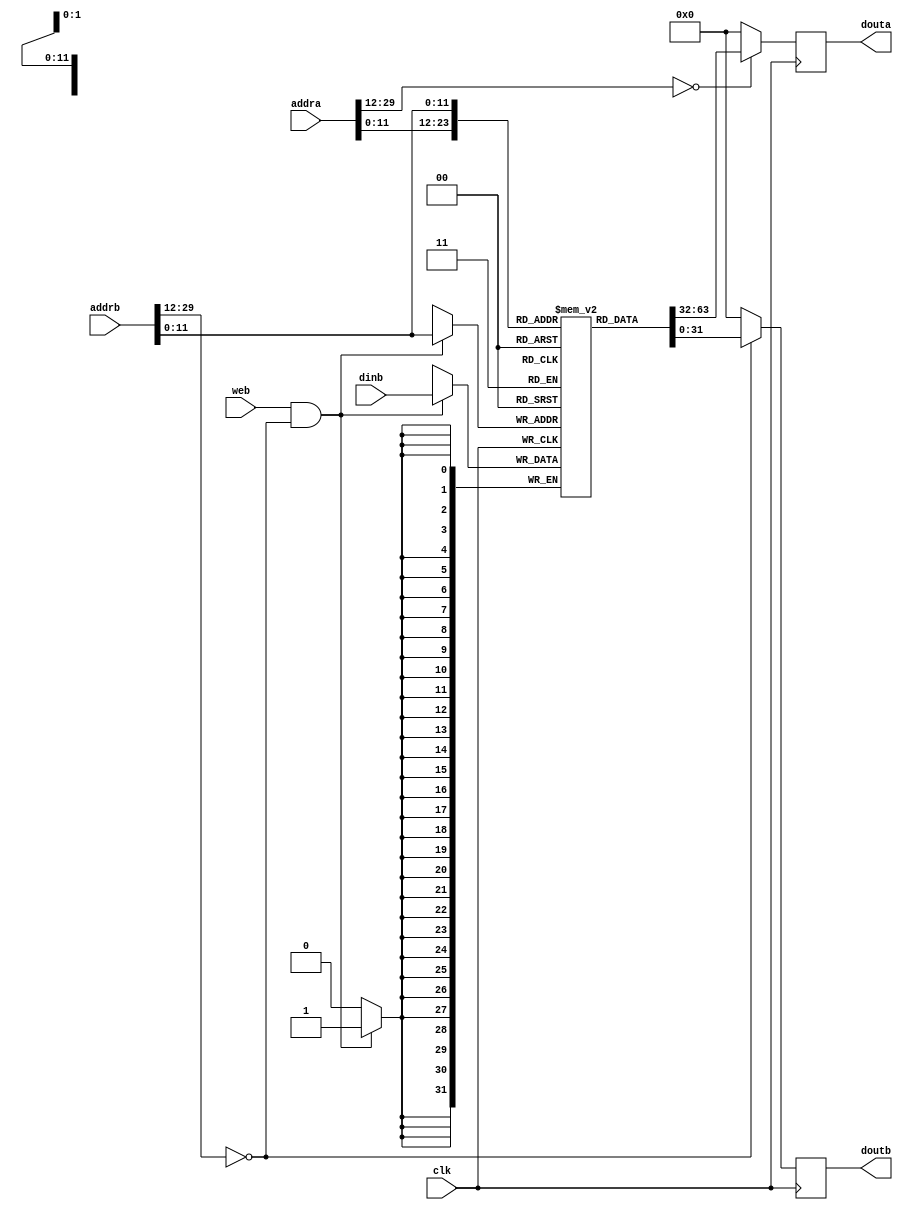
`timescale 1ns / 1ps
//////////////////////////////////////////////////////////////////////////////////
// Company: USTC ESLAB 
// 
// Design Name: RISCV-Pipline CPU
// Module Name: InstructionRamWrapper
// Target Devices: Nexys4
// Tool Versions: Vivado 2017.4.1
// Description: a Verilog-based ram which can be systhesis as BRAM
// 
//////////////////////////////////////////////////////////////////////////////////
//
    //bramabdebug_module
    //1bitbyte write
//
    //clk               
    //addra             a
    //addrb             b
    //dinb              b
    //web               b
//
    //douta             a
    //doutb             b
//  
    //

module InstructionRam(
    input  clk,
    input  web,
    input  [31:2] addra, addrb,
    input  [31:0] dinb,
    output reg [31:0] douta, doutb
);
initial begin douta=0; doutb=0; end

wire addra_valid = ( addra[31:14]==18'h0 );
wire addrb_valid = ( addrb[31:14]==18'h0 );
wire [11:0] addral = addra[13:2];
wire [11:0] addrbl = addrb[13:2];

reg [31:0] ram_cell [0:4095];

initial begin    // 
    ram_cell[0] = 32'h00000000;
        // ......
end

always @ (posedge clk)
    douta <= addra_valid ? ram_cell[addral] : 0;
    
always @ (posedge clk)
    doutb <= addrb_valid ? ram_cell[addrbl] : 0;

always @ (posedge clk)
    if(web & addrb_valid) 
        ram_cell[addrbl] <= dinb;

endmodule